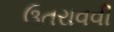
ઉતરાવવી